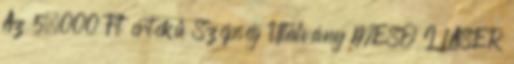
Az 5.000 Ft értékű Szépség Utalvány MESO I LASER